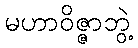
မဟာဝိဇ္ဇာဘွဲ့